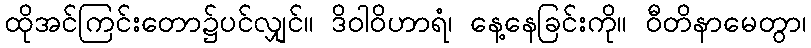
ထိုအင်ကြင်းတော၌ပင်လျှင်။ ဒိဝါဝိဟာရံ၊ နေ့နေခြင်းကို။ ဝီတိနာမေတွာ၊